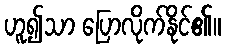
ဟူ၍သာ ပြောလိုက်နိုင်၏။